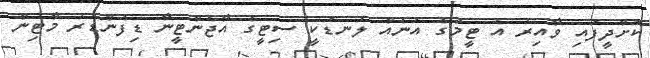
ކޮށްދީފައި ވާއިރު އެ ޓީމުގެ އަނެއް ލަނޑަކީ ސިޓީގެ އާޖެންޓީނާ ޑިފެންޑަރު މާޓިން